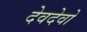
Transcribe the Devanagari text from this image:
देवदेवो